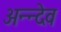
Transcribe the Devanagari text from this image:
अन्न्देव